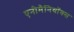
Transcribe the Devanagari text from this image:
एनीमैनियॉक्स